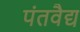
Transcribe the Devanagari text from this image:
पंतवैद्य